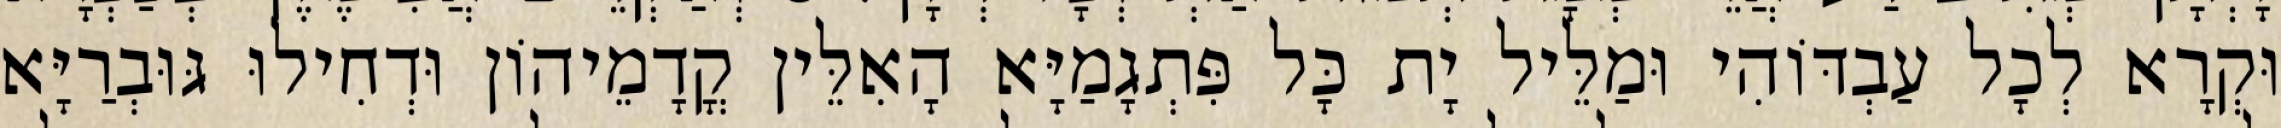
וּקְרָא לְכָל עַבְדּוֹהִי וּמַלֵּיל יָת כָּל פִּתְגָמַיָּא הָאִלֵּין קֳדָמֵיהוֹן וּדְחִילוּ גּוּבְרַיָּא